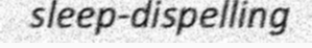
sleep-dispelling